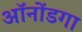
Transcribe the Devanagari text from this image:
ऑनोंडगा